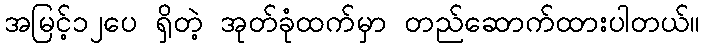
အမြင့်၁၂ပေ ရှိတဲ့ အုတ်ခုံထက်မှာ တည်ဆောက်ထားပါတယ်။